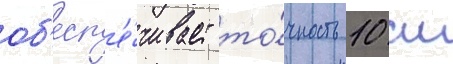
об'есп'е́чивает то́чность 10 см